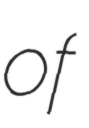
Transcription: of